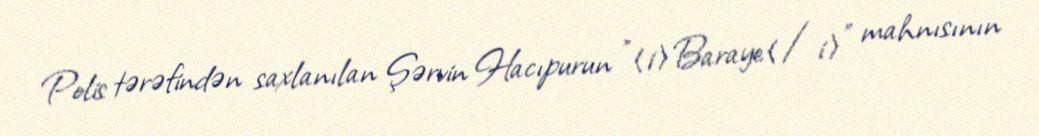
Polis tərəfindən saxlanılan Şərvin Hacıpurun "<i>Baraye</i>" mahnısının